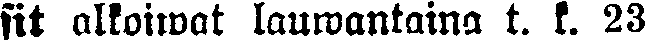
sit alkoiwat lauwantaina t. k. 23